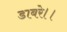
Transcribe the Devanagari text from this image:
डाबरे।।